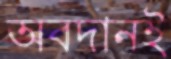
অবদানই